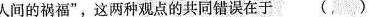
人间的祸福”，这两种观点的共同错误在于 ( )